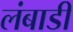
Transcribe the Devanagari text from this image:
लंबाडी